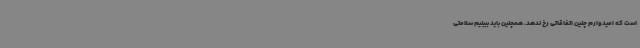
است که امیدوارم چنین اتفاقاتی رخ ندهد. همچنین باید ببینیم سلامتی